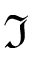
\Im